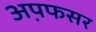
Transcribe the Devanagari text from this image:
अप़फसर